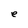
Character: e